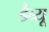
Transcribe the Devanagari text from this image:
डैब्यू